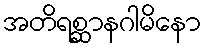
အတိရစ္ဆာနဂါမိနော